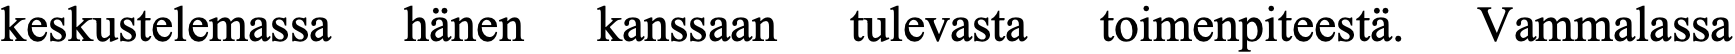
keskustelemassa hänen kanssaan tulevasta toimenpiteestä. Vammalassa